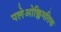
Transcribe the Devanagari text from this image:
पलेओक्लिमतिक